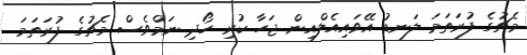
މެޗުގެ ފުރަތަމަ ލަނޑު އޭވައިއެލްއިން ޖަހާ ކުރި ހޯދި ނަމްވެސް މެޗުގެ ފުރަތަމަ